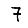
Digit: 7